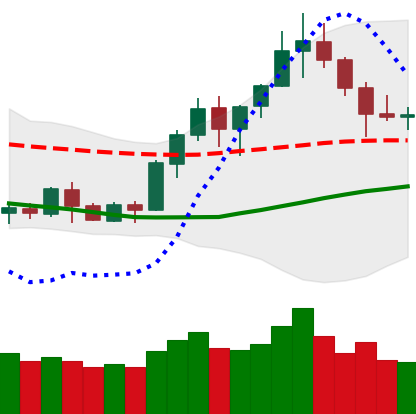
Ticker: BNB-USD
Chart end date: 2020-07-18
Forward return: 9.03%
Label: up_7plus